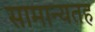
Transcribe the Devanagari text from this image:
सामान्यतह